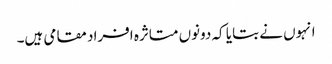
انہوں نے بتایا کہ دونوں متاثرہ افراد مقامی ہیں۔